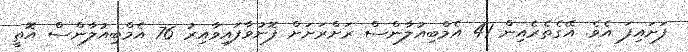
ފަށައިފަ އެވެ. އޭގެތެރެއިން 41 އެމްބިއުލާންސް ރަށްރަށަށް ފޮނުވާފައިވާއިރު 76 އެމްބިއުލާންސް އޮތީ